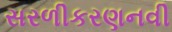
સરળીકરણનવી